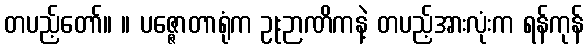
တပည့်တော်။ ။ ပဇ္ဇောတာရုံက ဥုးဉာဏိကနဲ့ တပည့်အားလုံးက ရန်ကုန်